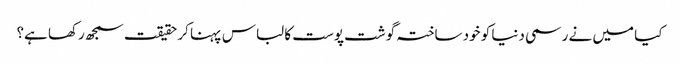
کیا میں نے رسمی دنیا کو خود ساختہ گوشت پوست کا لباس پہنا کر حقیقت سمجھ رکھا ہے؟